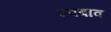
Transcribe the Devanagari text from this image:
स्वबाव